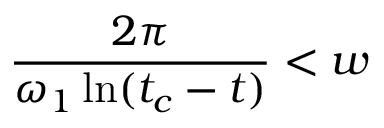
\frac { 2 \pi } { \omega _ { 1 } \ln ( t _ { c } - t ) } < w